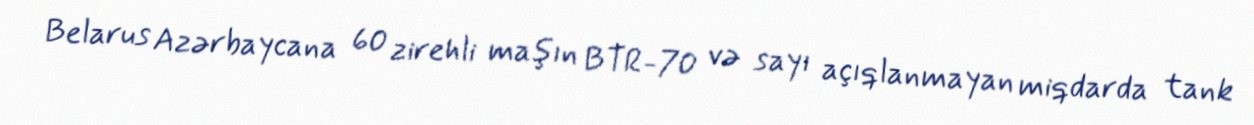
Belarus Azərbaycana 60 zirehli maşın BTR-70 və sayı açıqlanmayan miqdarda tank